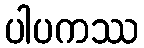
ပါပကဿ